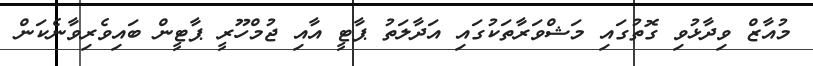
މުއާޒް ވިދާޅުވި ގޮތުގައި މަޝްވަރާތަކުގައި އަދާލަތު ޕާޓީ އާއި ޖުމްހޫރީ ޕާޓީން ބައިވެރިވާނެކަން